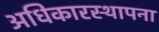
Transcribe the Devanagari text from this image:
अधिकारस्थापना